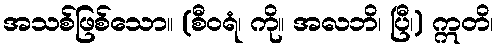
အသစ်ဖြစ်သော။ (စီဝရံ၊ ကို။ အလဘိ၊ ပြီ၊) ဣတိ၊